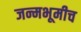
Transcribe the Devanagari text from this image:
जन्मभूमीच